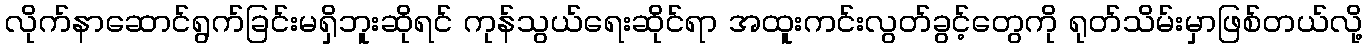
လိုက်နာဆောင်ရွက်ခြင်းမရှိဘူးဆိုရင် ကုန်သွယ်ရေးဆိုင်ရာ အထူးကင်းလွတ်ခွင့်တွေကို ရုတ်သိမ်းမှာဖြစ်တယ်လို့